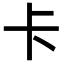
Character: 卡